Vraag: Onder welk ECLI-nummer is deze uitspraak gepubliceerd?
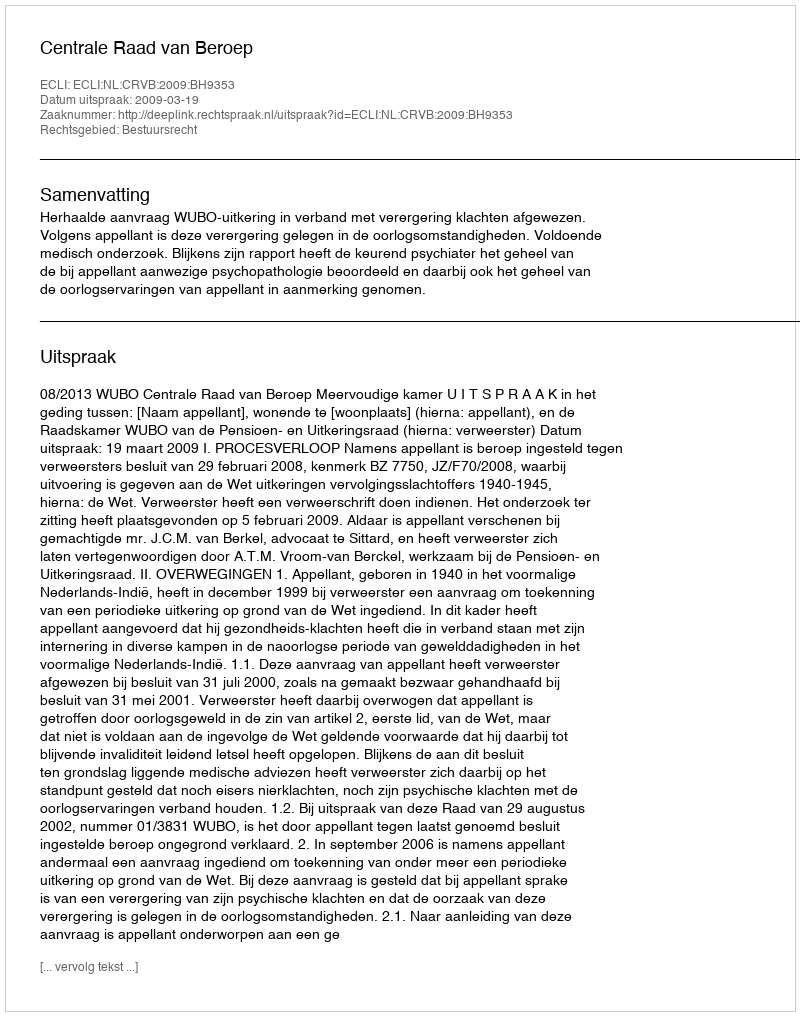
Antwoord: ECLI:NL:CRVB:2009:BH9353